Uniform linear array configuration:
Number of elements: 24
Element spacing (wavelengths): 0.75
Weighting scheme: uniform
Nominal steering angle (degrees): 0
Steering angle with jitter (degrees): -1.77
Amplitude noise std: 0.05
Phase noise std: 0.05

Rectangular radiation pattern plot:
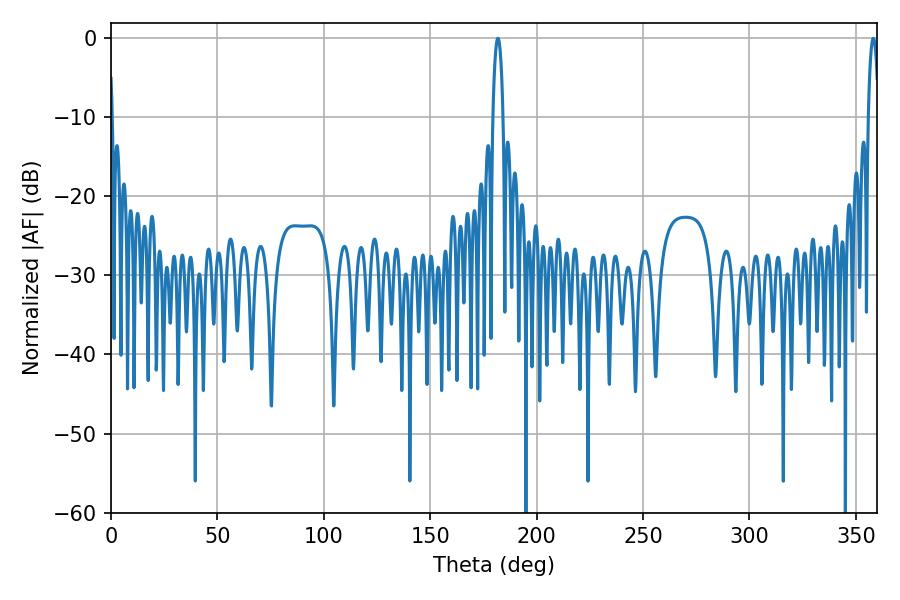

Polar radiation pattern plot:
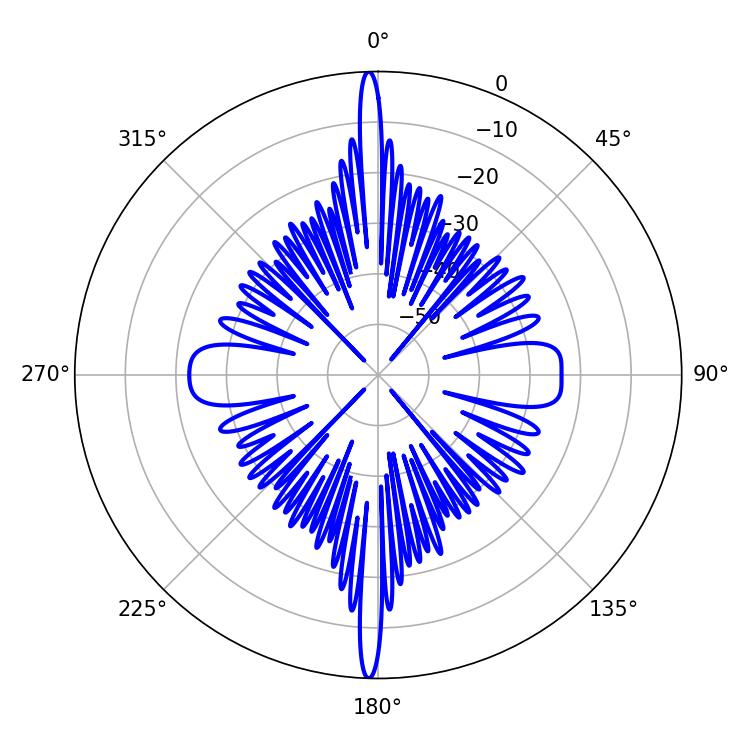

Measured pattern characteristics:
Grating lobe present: TRUE
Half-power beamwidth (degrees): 2.52
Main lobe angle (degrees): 181.8